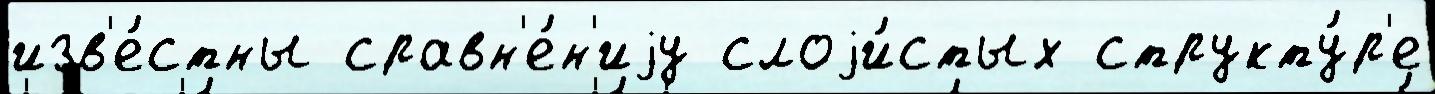
изв'е́стны сравн'е́н'иjу слоjи́стых структу́р'е